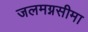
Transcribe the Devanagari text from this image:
जलमग्नसीमा